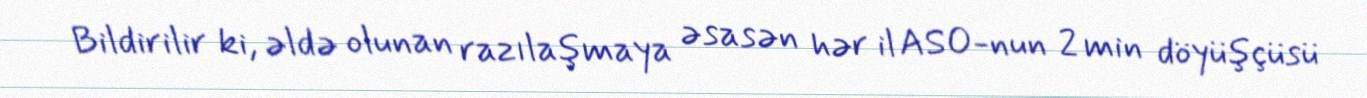
Bildirilir ki, əldə olunan razılaşmaya əsasən hər il ASO-nun 2 min döyüşçüsü